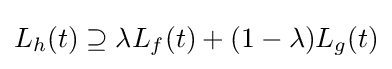
{\textstyle L_{h}(t)\supseteq \lambda L_{f}(t)+(1-\lambda )L_{g}(t)}